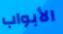
الأبواب